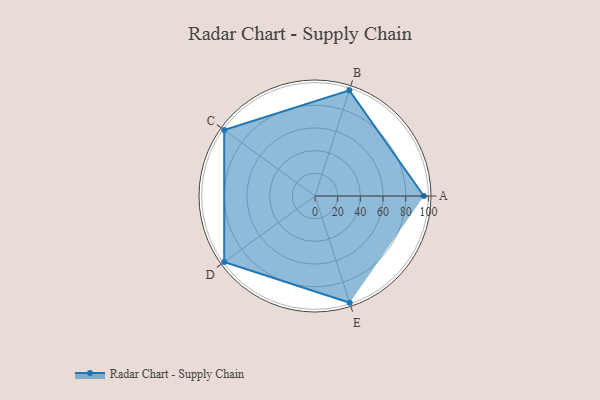
{"axis": {"x": "Skill", "y": "Score"}, "legend": ["Profile"], "data": [{"x": "A", "y": 96.0, "type": "Profile"}, {"x": "B", "y": 98.0, "type": "Profile"}, {"x": "C", "y": 99, "type": "Profile"}, {"x": "D", "y": 99, "type": "Profile"}, {"x": "E", "y": 99, "type": "Profile"}]}